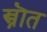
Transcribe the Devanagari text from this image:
स्त्रॊत